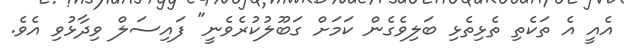
އެއީ އެ ތަކެތި ތެޅިތެޅި ބަލިވެގެން ކަމަށް ގަބޫލުކުރެވެނީ" ފައިސަލް ވިދާޅުވި އެވެ.